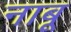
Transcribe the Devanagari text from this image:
नाबू